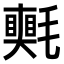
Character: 𣰠